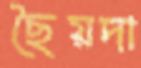
ছৈয়দা